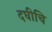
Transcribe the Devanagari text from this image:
दघीचि